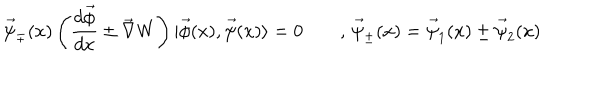
LaTeX: \vec { \psi } _ { \mp } ( x ) \left( \frac { d \vec { \phi } } { d x } \pm \vec { \nabla } W \right) | \vec { \phi } ( x ) , \vec { \psi } ( x ) \rangle = 0 \qquad , \, \vec { \psi } _ { \pm } ( x ) = \vec { \psi } _ { 1 } ( x ) \pm \vec { \psi } _ { 2 } ( x )